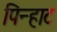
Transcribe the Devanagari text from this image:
पिन्हाट